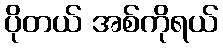
ပိုတယ် အစ်ကိုရယ်